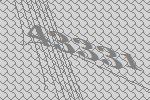
43331